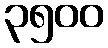
၃၅၀၀